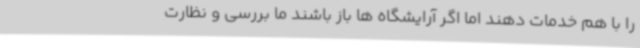
را با هم خدمات دهند اما اگر آرایشگاه ها باز باشند ما بررسی و نظارت